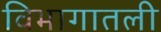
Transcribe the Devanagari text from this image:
विभागातली